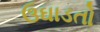
ઉઘાડતો